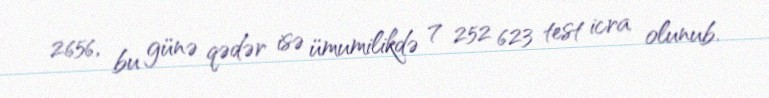
2656, bu günə qədər isə ümumilikdə 7 252 623 test icra olunub.